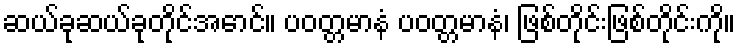
ဆယ်ခုဆယ်ခုတိုင်အောင်။ ပဝတ္တမာနံ ပဝတ္တမာနံ၊ ဖြစ်တိုင်းဖြစ်တိုင်းကို။